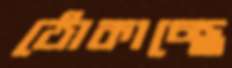
ঠোকাচ্ছে